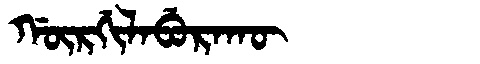
Manchu: ᡤᡡᡵᡤᡳᠯᠠᠪᡠᡵᠠᡴᡡ
Romanization: GŪRGILABURAKŪ